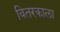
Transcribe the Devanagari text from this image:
वितरकाला